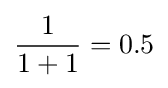
{\frac {1}{1+1}}=0.5